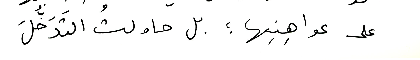
على عواهِنِها ؛ بل حاولت التّدَخُّلَ